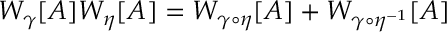
W _ { \gamma } [ A ] W _ { \eta } [ A ] = W _ { \gamma \circ \eta } [ A ] + W _ { \gamma \circ \eta ^ { - 1 } } [ A ]